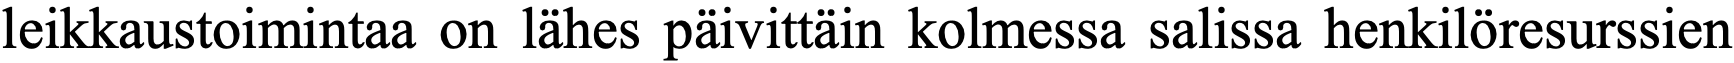
leikkaustoimintaa on lähes päivittäin kolmessa salissa henkilöresurssien